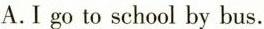
A.Igo to school by bus.